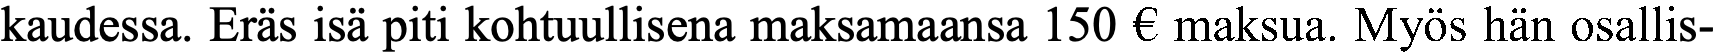
kaudessa. Eräs isä piti kohtuullisena maksamaansa 150 € maksua. Myös hän osallis-